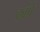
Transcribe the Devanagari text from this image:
कांपे